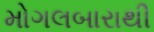
મોગલબારાથી